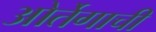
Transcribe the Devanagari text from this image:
ओर्तेगाची